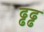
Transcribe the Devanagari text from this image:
ढ्ढढ्ढ